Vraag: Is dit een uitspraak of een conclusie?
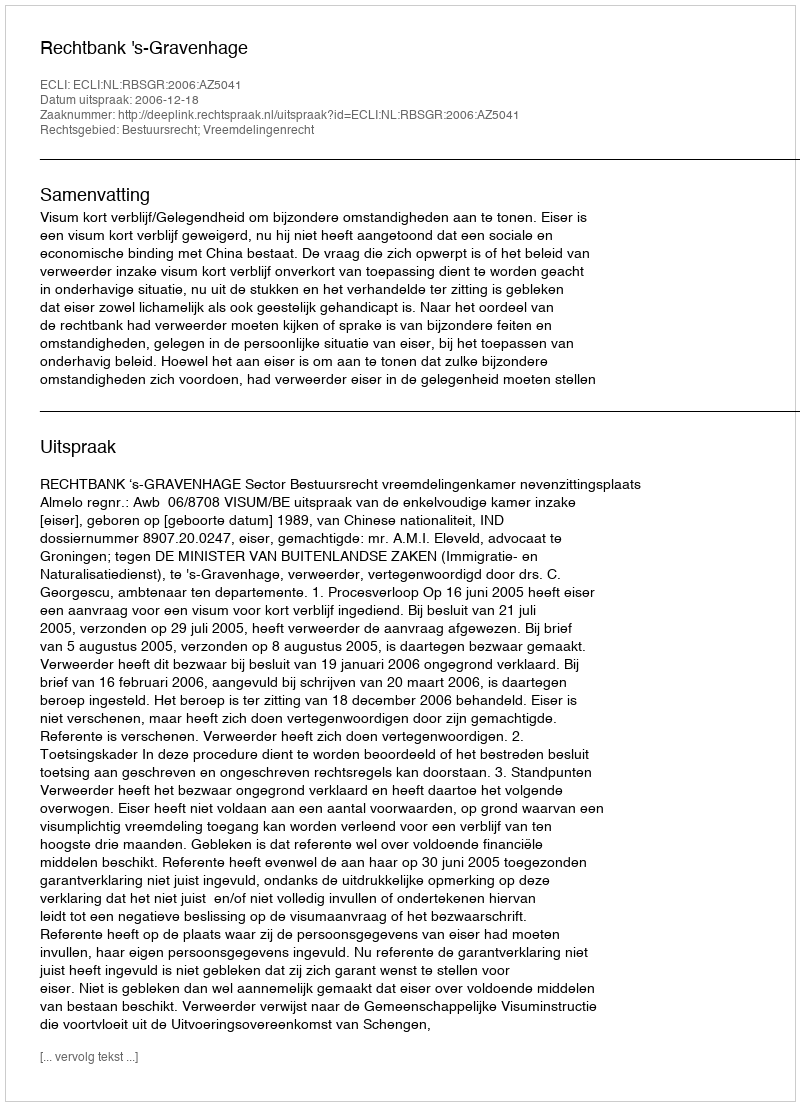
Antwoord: Uitspraak